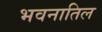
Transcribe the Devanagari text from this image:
भवनातिल